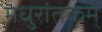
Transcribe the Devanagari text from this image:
मधुरांतकम्